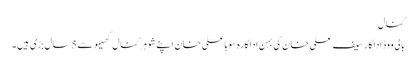
کنال
بالی ووڈ اداکارسیف علی خان کی بہن اداکارہ سوہاعلی خان اپنے شوہر کنال کھیمو سے 5سال بڑی ہیں ۔